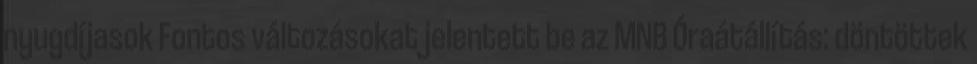
nyugdíjasok Fontos változásokat jelentett be az MNB Óraátállítás: döntöttek